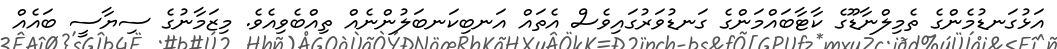
އަޅުގަނޑުމެންގެ ތެމިލްނާޑޫގެ ކާޓާބައްމަންގެ ގަނޑުވަރުގައިވެސް އެތައް އަނބިކަނބަލުންނެއް ތިއްބެވިއެވެ. މިޒަމާނުގެ ސިޔާސީ ބައެއް